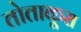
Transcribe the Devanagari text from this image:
तोताकूरा